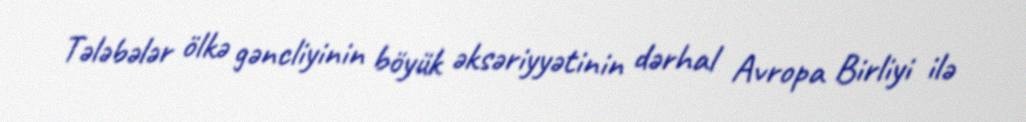
Tələbələr ölkə gəncliyinin böyük əksəriyyətinin dərhal Avropa Birliyi ilə